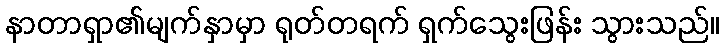
နာတာရှာ၏မျက်နှာမှာ ရုတ်တရက် ရှက်သွေးဖြန်း သွားသည်။